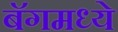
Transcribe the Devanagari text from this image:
बॅगमध्ये